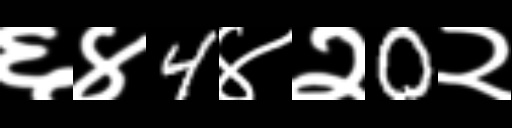
Text: ६४4४२0२